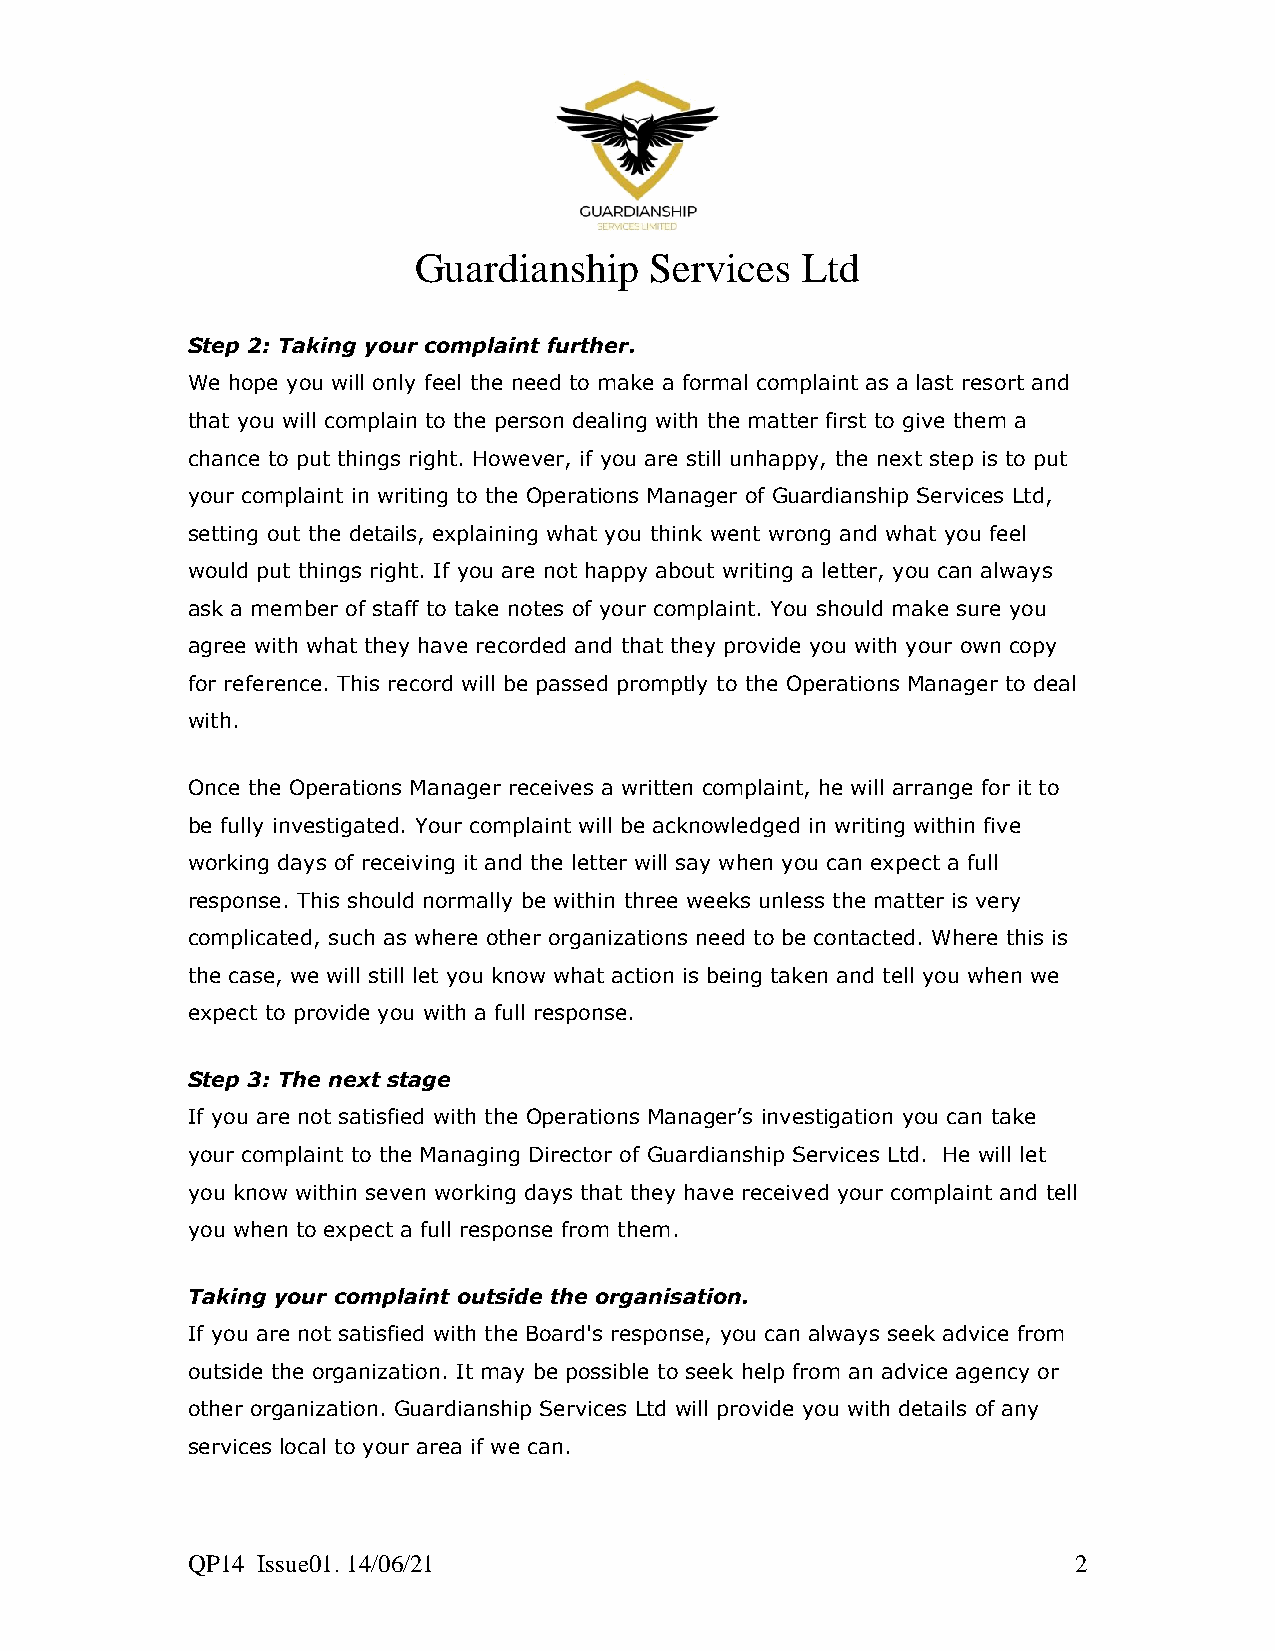
Guardianship    Services  Ltd
 Step 2: Taking your complaint further.
 We hope you will only feel the need to make a formal complaint as a last resort and
 that you will complain to the person dealing with the matter first to give them a
 chance to put things right. However, if you are still unhappy, the next step is to put
 your complaint in writing to the Operations Manager of Guardianship Services Ltd,
 setting out the details, explaining what you think went wrong and what you feel
 would put things right. If you are not happy about writing a letter, you can always
 ask a member of staff to take notes of your complaint. You should make sure you
 agree with what they have recorded and that they provide you with your own copy
 for reference. This record will be passed promptly to the Operations Manager to deal
 with.
 Once the Operations Manager receives a written complaint, he will arrange for it to
 be fully investigated. Your complaint will be acknowledged in writing within five
 working days of receiving it and the letter will say when you can expect a full
 response. This should normally be within three weeks unless the matter is very
 complicated, such as where other organizations need to be contacted. Where this is
 the case, we will still let you know what action is being taken and tell you when we
 expect to provide you with a full response.
 Step 3: The next stage
 If you are not satisfied with the Operations Manager’s investigation you can take
 your complaint to the Managing Director of Guardianship Services Ltd. He will let
 you know within seven working days that they have received your complaint and tell
 you when to expect a full response from them.
 Taking your complaint outside the organisation.
 If you are not satisfied with the Board's response, you can always seek advice from
 outside the organization. It may be possible to seek help from an advice agency or
 other organization. Guardianship Services Ltd will provide you with details of any
 services local to your area if we can.
 QP14 Issue01. 14/06/21                                     2